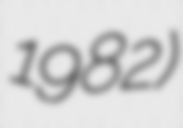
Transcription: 1982)